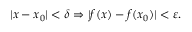
| x - x _ { 0 } | < \delta \Rightarrow | f ( x ) - f ( x _ { 0 } ) | < \varepsilon .